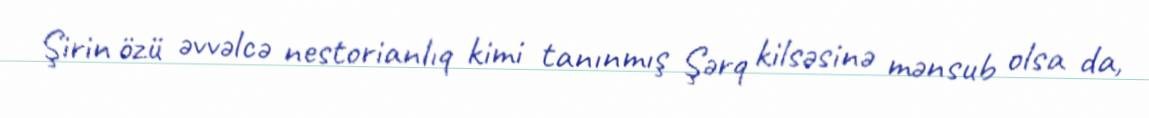
Şirin özü əvvəlcə nestorianlıq kimi tanınmış Şərq kilsəsinə mənsub olsa da,